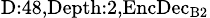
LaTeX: _{\textrm{D}:48,\textrm{Depth}:2,\textrm{EncDec}_{\textrm{B}2}}